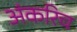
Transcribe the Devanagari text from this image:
अंकरिच